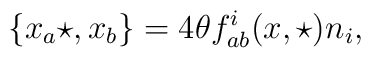
\{x_a\star ,x_b\}=4\theta f_{ab}^i(x,\star) n_i ,